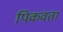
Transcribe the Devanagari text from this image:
पिकवता